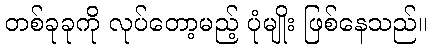
တစ်ခုခုကို လုပ်တော့မည့် ပုံမျိုး ဖြစ်နေသည်။